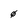
Character: 0